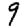
Digit: 9